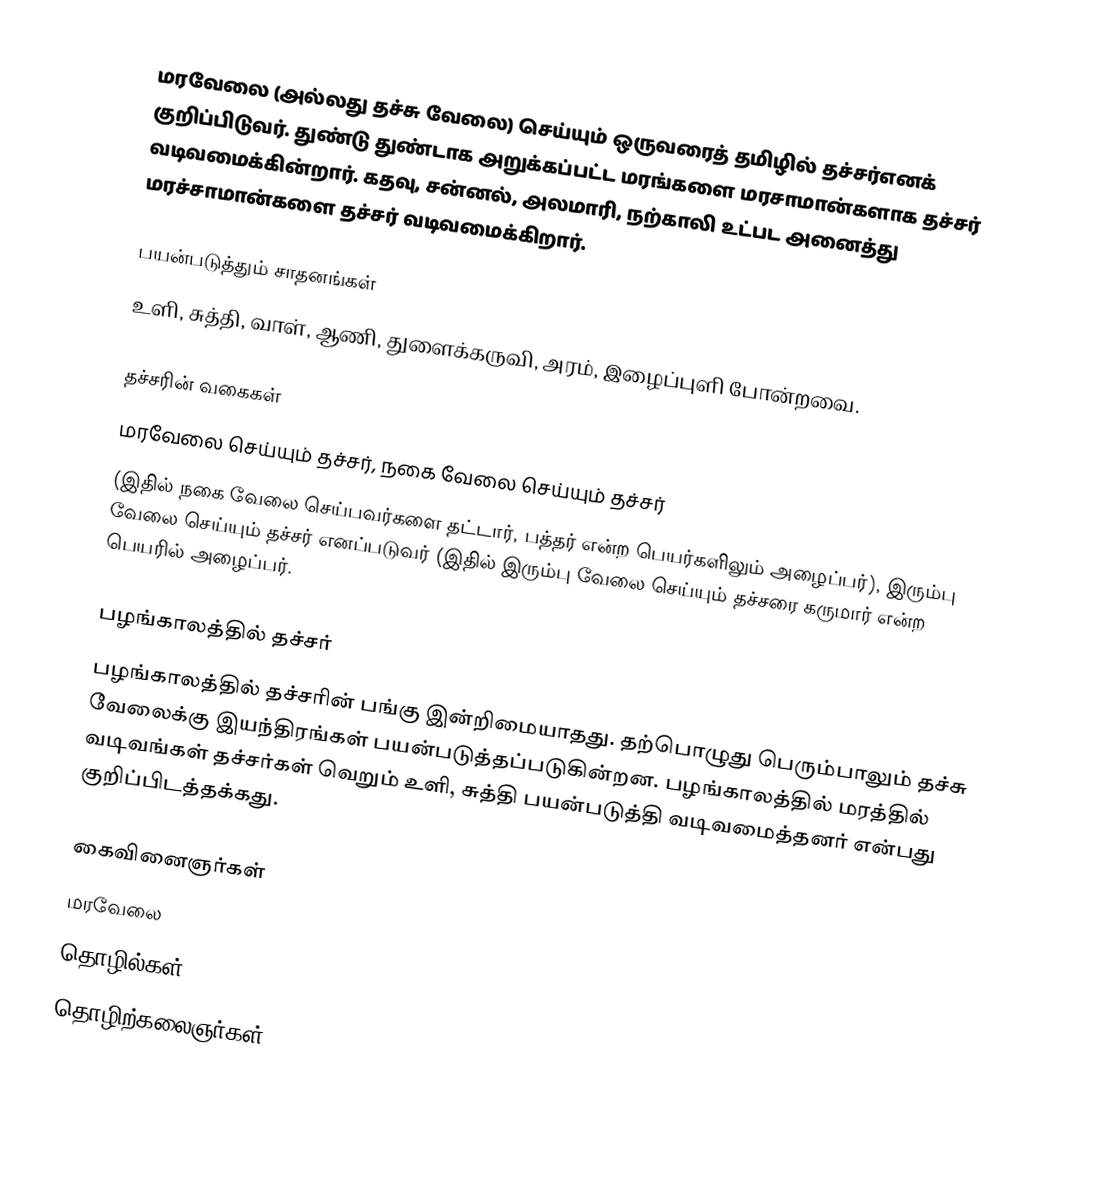
மரவேலை (அல்லது தச்சு வேலை) செய்யும் ஒருவரைத் தமிழில் தச்சர்எனக் குறிப்பிடுவர். துண்டு துண்டாக அறுக்கப்பட்ட மரங்களை மரசாமான்களாக தச்சர் வடிவமைக்கின்றார். கதவு, சன்னல், அலமாரி, நற்காலி உட்பட அனைத்து மரச்சாமான்களை தச்சர் வடிவமைக்கிறார்.

பயன்படுத்தும் சாதனங்கள்
உளி, சுத்தி, வாள், ஆணி, துளைக்கருவி, அரம், இழைப்புளி போன்றவை.

தச்சரின் வகைகள்
மரவேலை செய்யும் தச்சர், நகை வேலை செய்யும் தச்சர்
(இதில் நகை வேலை செய்பவர்களை தட்டார், பத்தர் என்ற பெயர்களிலும் அழைப்பர்), இரும்பு வேலை செய்யும் தச்சர் எனப்படுவர் (இதில் இரும்பு வேலை செய்யும் தச்சரை கருமார் என்ற பெயரில் அழைப்பர்.

பழங்காலத்தில் தச்சர்
பழங்காலத்தில் தச்சரின் பங்கு இன்றிமையாதது. தற்பொழுது பெரும்பாலும் தச்சு வேலைக்கு இயந்திரங்கள் பயன்படுத்தப்படுகின்றன. பழங்காலத்தில் மரத்தில் வடிவங்கள் தச்சர்கள் வெறும் உளி, சுத்தி பயன்படுத்தி வடிவமைத்தனர் என்பது குறிப்பிடத்தக்கது.

கைவினைஞர்கள்
மரவேலை
தொழில்கள்
தொழிற்கலைஞர்கள்